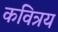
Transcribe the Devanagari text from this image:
कवित्रय